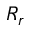
R _ { r }